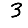
Digit: 3